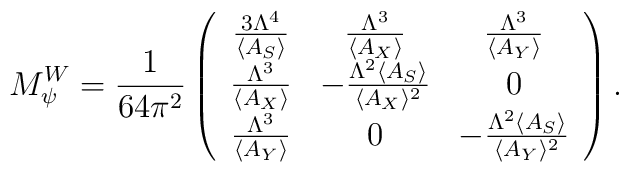
M_\psi^W =  {1 \over {64 \pi^2}} \left( \begin{array}{ccc}  {{3 \Lambda^4} \over {\langle A_S \rangle}} &  {{\Lambda^3} \over {\langle A_X \rangle}} &  {{\Lambda^3} \over {\langle A_Y \rangle}} \\  {{\Lambda^3} \over {\langle A_X \rangle}} &  - {{\Lambda^2 \langle A_S \rangle} \over {\langle A_X \rangle^2}} &  0 \\  {{\Lambda^3} \over {\langle A_Y \rangle}} &  0 &  - {{\Lambda^2 \langle A_S \rangle} \over {\langle A_Y \rangle^2}} \\ \end{array} \right).